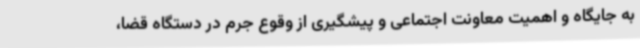
به جایگاه و اهمیت معاونت اجتماعی و پیشگیری از وقوع جرم در دستگاه قضا،